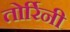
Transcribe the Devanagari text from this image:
तोर्रिनी